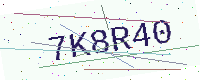
Text: 7K8R40